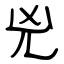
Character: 兇